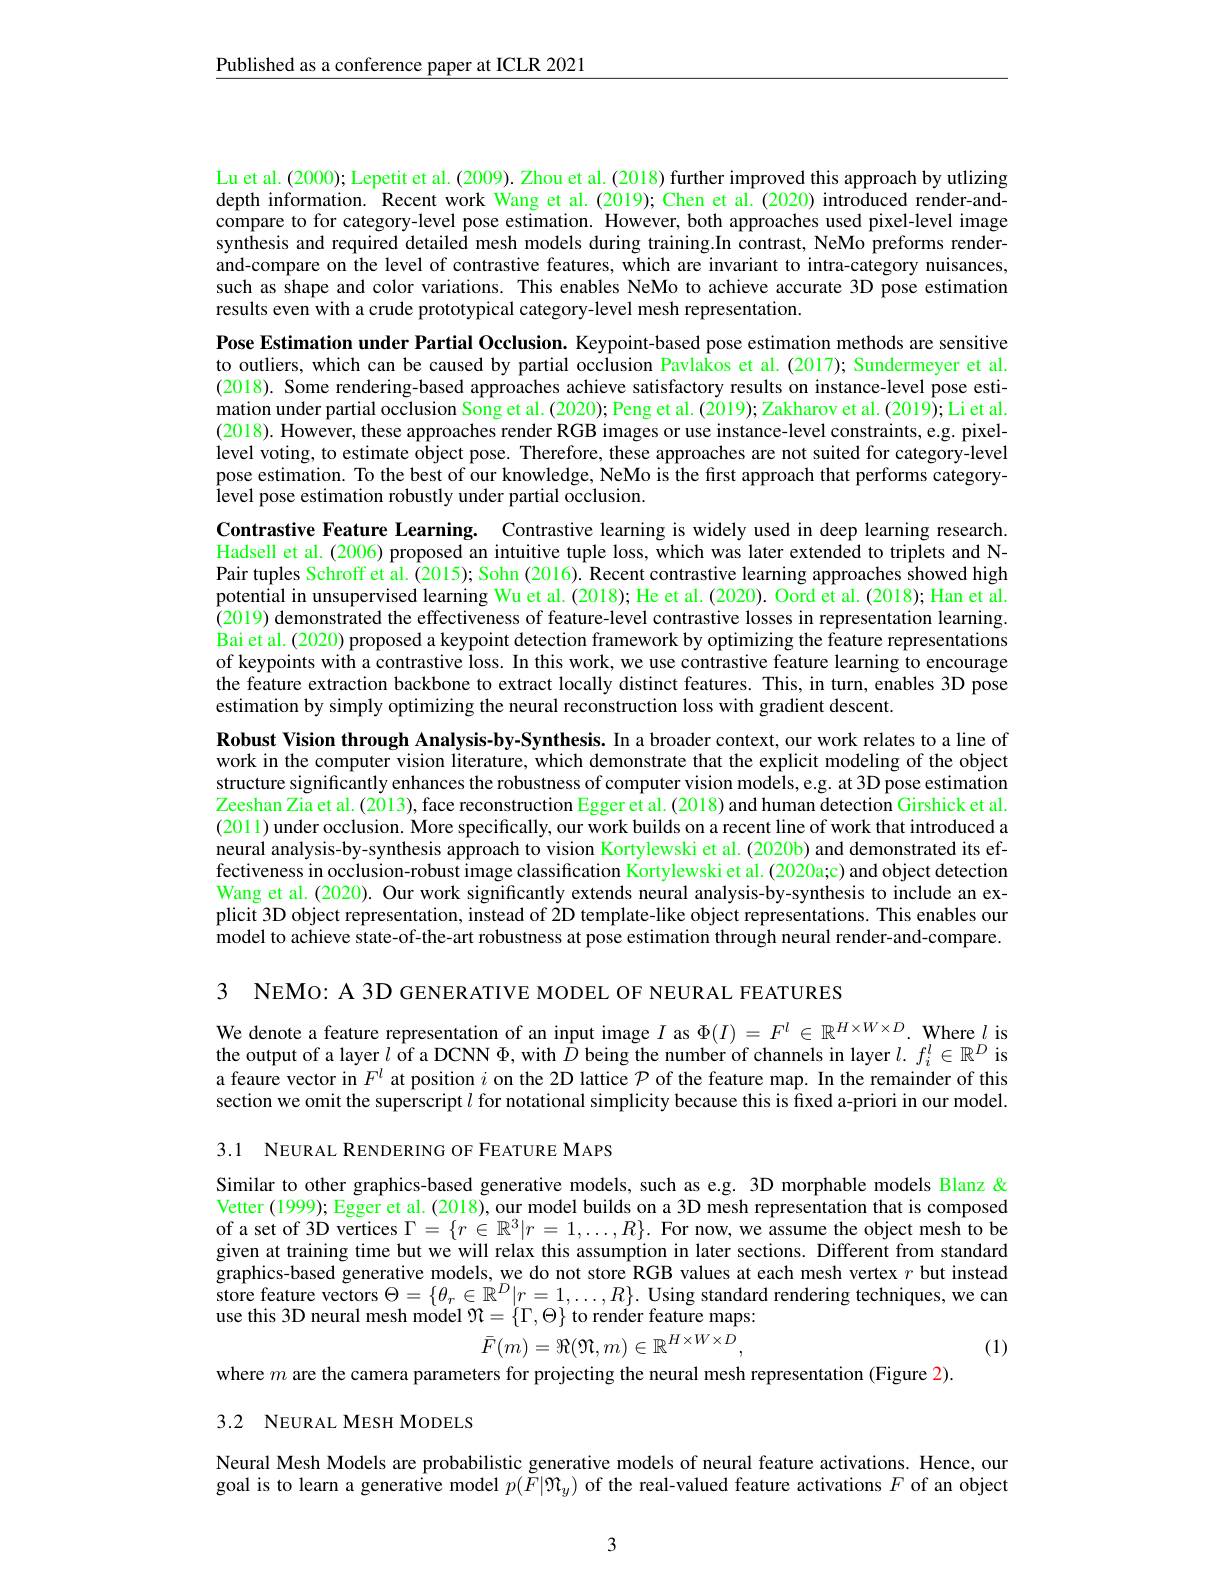
$\underline{\text{Published as a conference paper at ICLR 2021}}$

Lu et al. (2000); Lepetit et al. (2009). Zhou et al. (2018) further improved this approach by utlizing depth information. Recent work Wang et al. (2019); Chen et al. (2020) introduced render-andcompare to for category-level pose estimation. However, both approaches used pixel-level image synthesis and required detailed mesh models during training.In contrast, NeMo preforms renderand-compare on the level of contrastive features, which are invariant to intra-category nuisances, such as shape and color variations. This enables NeMo to achieve accurate 3D pose estimation results even with a crude prototypical category-level mesh representation.
Pose Estimation under Partial Occlusion. Keypoint-based pose estimation methods are sensitive to outliers, which can be caused by partial occlusion Pavlakos et al. (2017); Sundermeyer et al (2018). Some rendering-based approaches achieve satisfactory results on instance-level pose estimation under partial occlusion Song et al. (2020); Peng et al. (2019); Zakharov et al. (2019); Li et al. (2018). However, these approaches render RGB images or use instance-level constraints, e.g. pixellevel voting, to estimate object pose. Therefore, these approaches are not suited for category-level pose estimation. To the best of our knowledge, NeMo is the first approach that performs categorylevel pose estimation robustly under partial occlusion.
Contrastive Feature Learning. Contrastive learning is widely used in deep learning research Hadsell et al.(2006) proposed an intuitive tuple loss, which was later extended to triplets and NPair tuples Schroff et al. (2015); Sohn (2016). Recent contrastive learning approaches showed high potential in unsupervised learning Wu et al. (2018); He et al. (2020). Oord et al. (2018); Han et al. $\hat{(2019)\text{ demonstrated the effectiveness of feature-level contrastive losses in representation learning}}.$ Bai et al. (2020) proposed a keypoint detection framework by optimizing the feature representations of keypoints with a contrastive loss. In this work, we use contrastive feature learning to encourage the feature extraction backbone to extract locally distinct features. This, in turn, enables 3D pose estimation by simply optimizing the neural reconstruction loss with gradient descent.
Robust Vision through Analysis-by-Synthesis. In a broader context, our work relates to a line of work in the computer vision literature, which demonstrate that the explicit modeling of the object structure significantly enhances the robustness of computer vision models, e.g. at 3D pose estimation Zeeshan Zia et al. (2013), face reconstruction Egger et al. (2018) and human detection Girshick et al. (2011) under occlusion. More specifically, our work builds on a recent line of work that introduced a neural analysis-by-synthesis approach to vision Kortylewski et al. (2020b) and demonstrated its effectiveness in occlusion-robust image classification Kortylewski et al. (2020a;c) and object detection Wang et al. (2020). Our work significantly extends neural analysis-by-synthesis to include an explicit 3D object representation, instead of 2D template-like object representations. This enables our model to achieve state-of-the-art robustness at pose estimation through neural render-and-compare.

3 NEMO: A 3D GENERATIVE MODEL OF NEURAL FEATURES

We denote a feature representation of an input image $I$ as $\Phi(I)=F^l\in\mathbb{R}^{H\times W\times D}.$ Where $l$ is the output of a layer $l$ of a DCNN $\Phi$, with $D$ being the number of channels in layer $l.f_i^l\in\mathbb{R}^D$ is a feaure vector in $F^l$ at position $i$ on the 2D lattice $\mathcal{P}$ of the feature map. In the remainder of this section we omit the superscript $l$ for notational simplicity because this is fixed a-priori in our model. 3.1 NEURAL RENDERING OF FEATURE MAPS

Similar to other graphics-based generative models, such as e.g. 3D morphable models Blanz & Vetter (1999); Egger et al. (2018), our model builds on a 3D mesh representation that is composed of a set of 3D vertices $\Gamma=\{r\in\mathbb{R}^3|r=1,\ldots,R\}.$ For now, we assume the object mesh to be given at training time but we will relax this assumption in later sections. Different from standard graphics-based generative models, we do not store RGB values at each mesh vertex $r$ but instead store feature vectors $\Theta=\{\theta_r\in\mathbb{R}^D|r=1,\ldots,R\}.$ Using standard rendering techniques, we can use this 3D neural mesh model $\Re=\{\Gamma,\Theta\}^{\prime}$to render feature maps:
$$\bar{F}(m)=\Re(\mathfrak{N},m)\in\mathbb{R}^{H\times W\times D},$$
(1)

where $m$ are the camera parameters for projecting the neural mesh representation (Figure 2).
3.2 NEURAL MESH MODELS

Neural Mesh Models are probabilistic generative models of neural feature activations. Hence, our goal is to learn a generative model $p(\tilde{F}|\mathfrak{M}_y)$ of the real-valued feature activations $F$ of an object

3